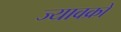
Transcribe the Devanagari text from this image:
ज्यावक्रों